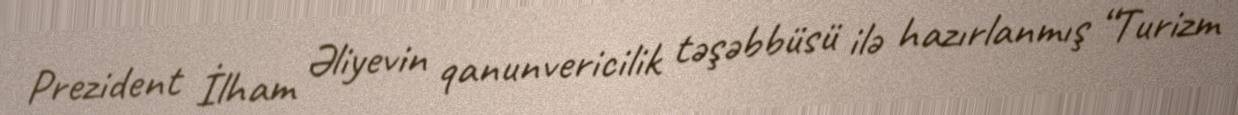
Prezident İlham Əliyevin qanunvericilik təşəbbüsü ilə hazırlanmış “Turizm